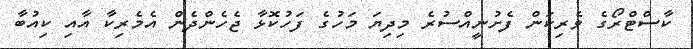
ކާސްޓްރޯގެ ވެރިކަން ފެށުނީއްސުރެ މިދިޔަ މަހުގެ ފަހުކޮޅާ ޖެހެންދެން އެމެރިކާ އާއި ކިއުބާ